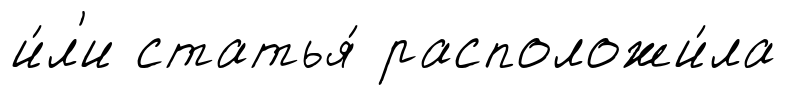
и́л'и статья́ расположи́ла